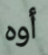
أوه